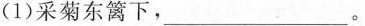
( 1 )采菊东篱下，___。